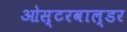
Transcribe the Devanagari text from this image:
ओस्टरवाल्डर